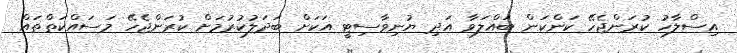
އިސްލާހު ކުރަންޖެހޭ ކަންކަން ބައްލަވާ އަދި ޔުނިވާސިޓީ އަކަށް ބަދަލުކުރުމަށް ކުރަންޖެހޭ މަސައްކަތްތައް